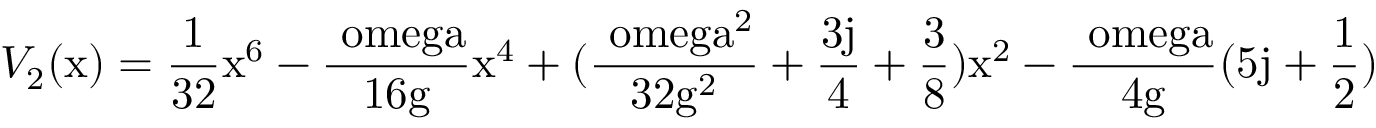
V _ { 2 } ( \mathrm { x ) = \frac { 1 } { 3 2 } \mathrm { x ^ { 6 } - \frac { \ o m e g a } { 1 6 \mathrm { g } } \mathrm { x ^ { 4 } + ( \frac { \ o m e g a ^ { 2 } } { 3 2 \mathrm { g ^ { 2 } } } + \frac { 3 j } { 4 } + \frac { 3 } { 8 } ) \mathrm { x ^ { 2 } - \frac { \ o m e g a } { 4 \mathrm { g } } ( 5 j + \frac { 1 } { 2 } ) } } } }